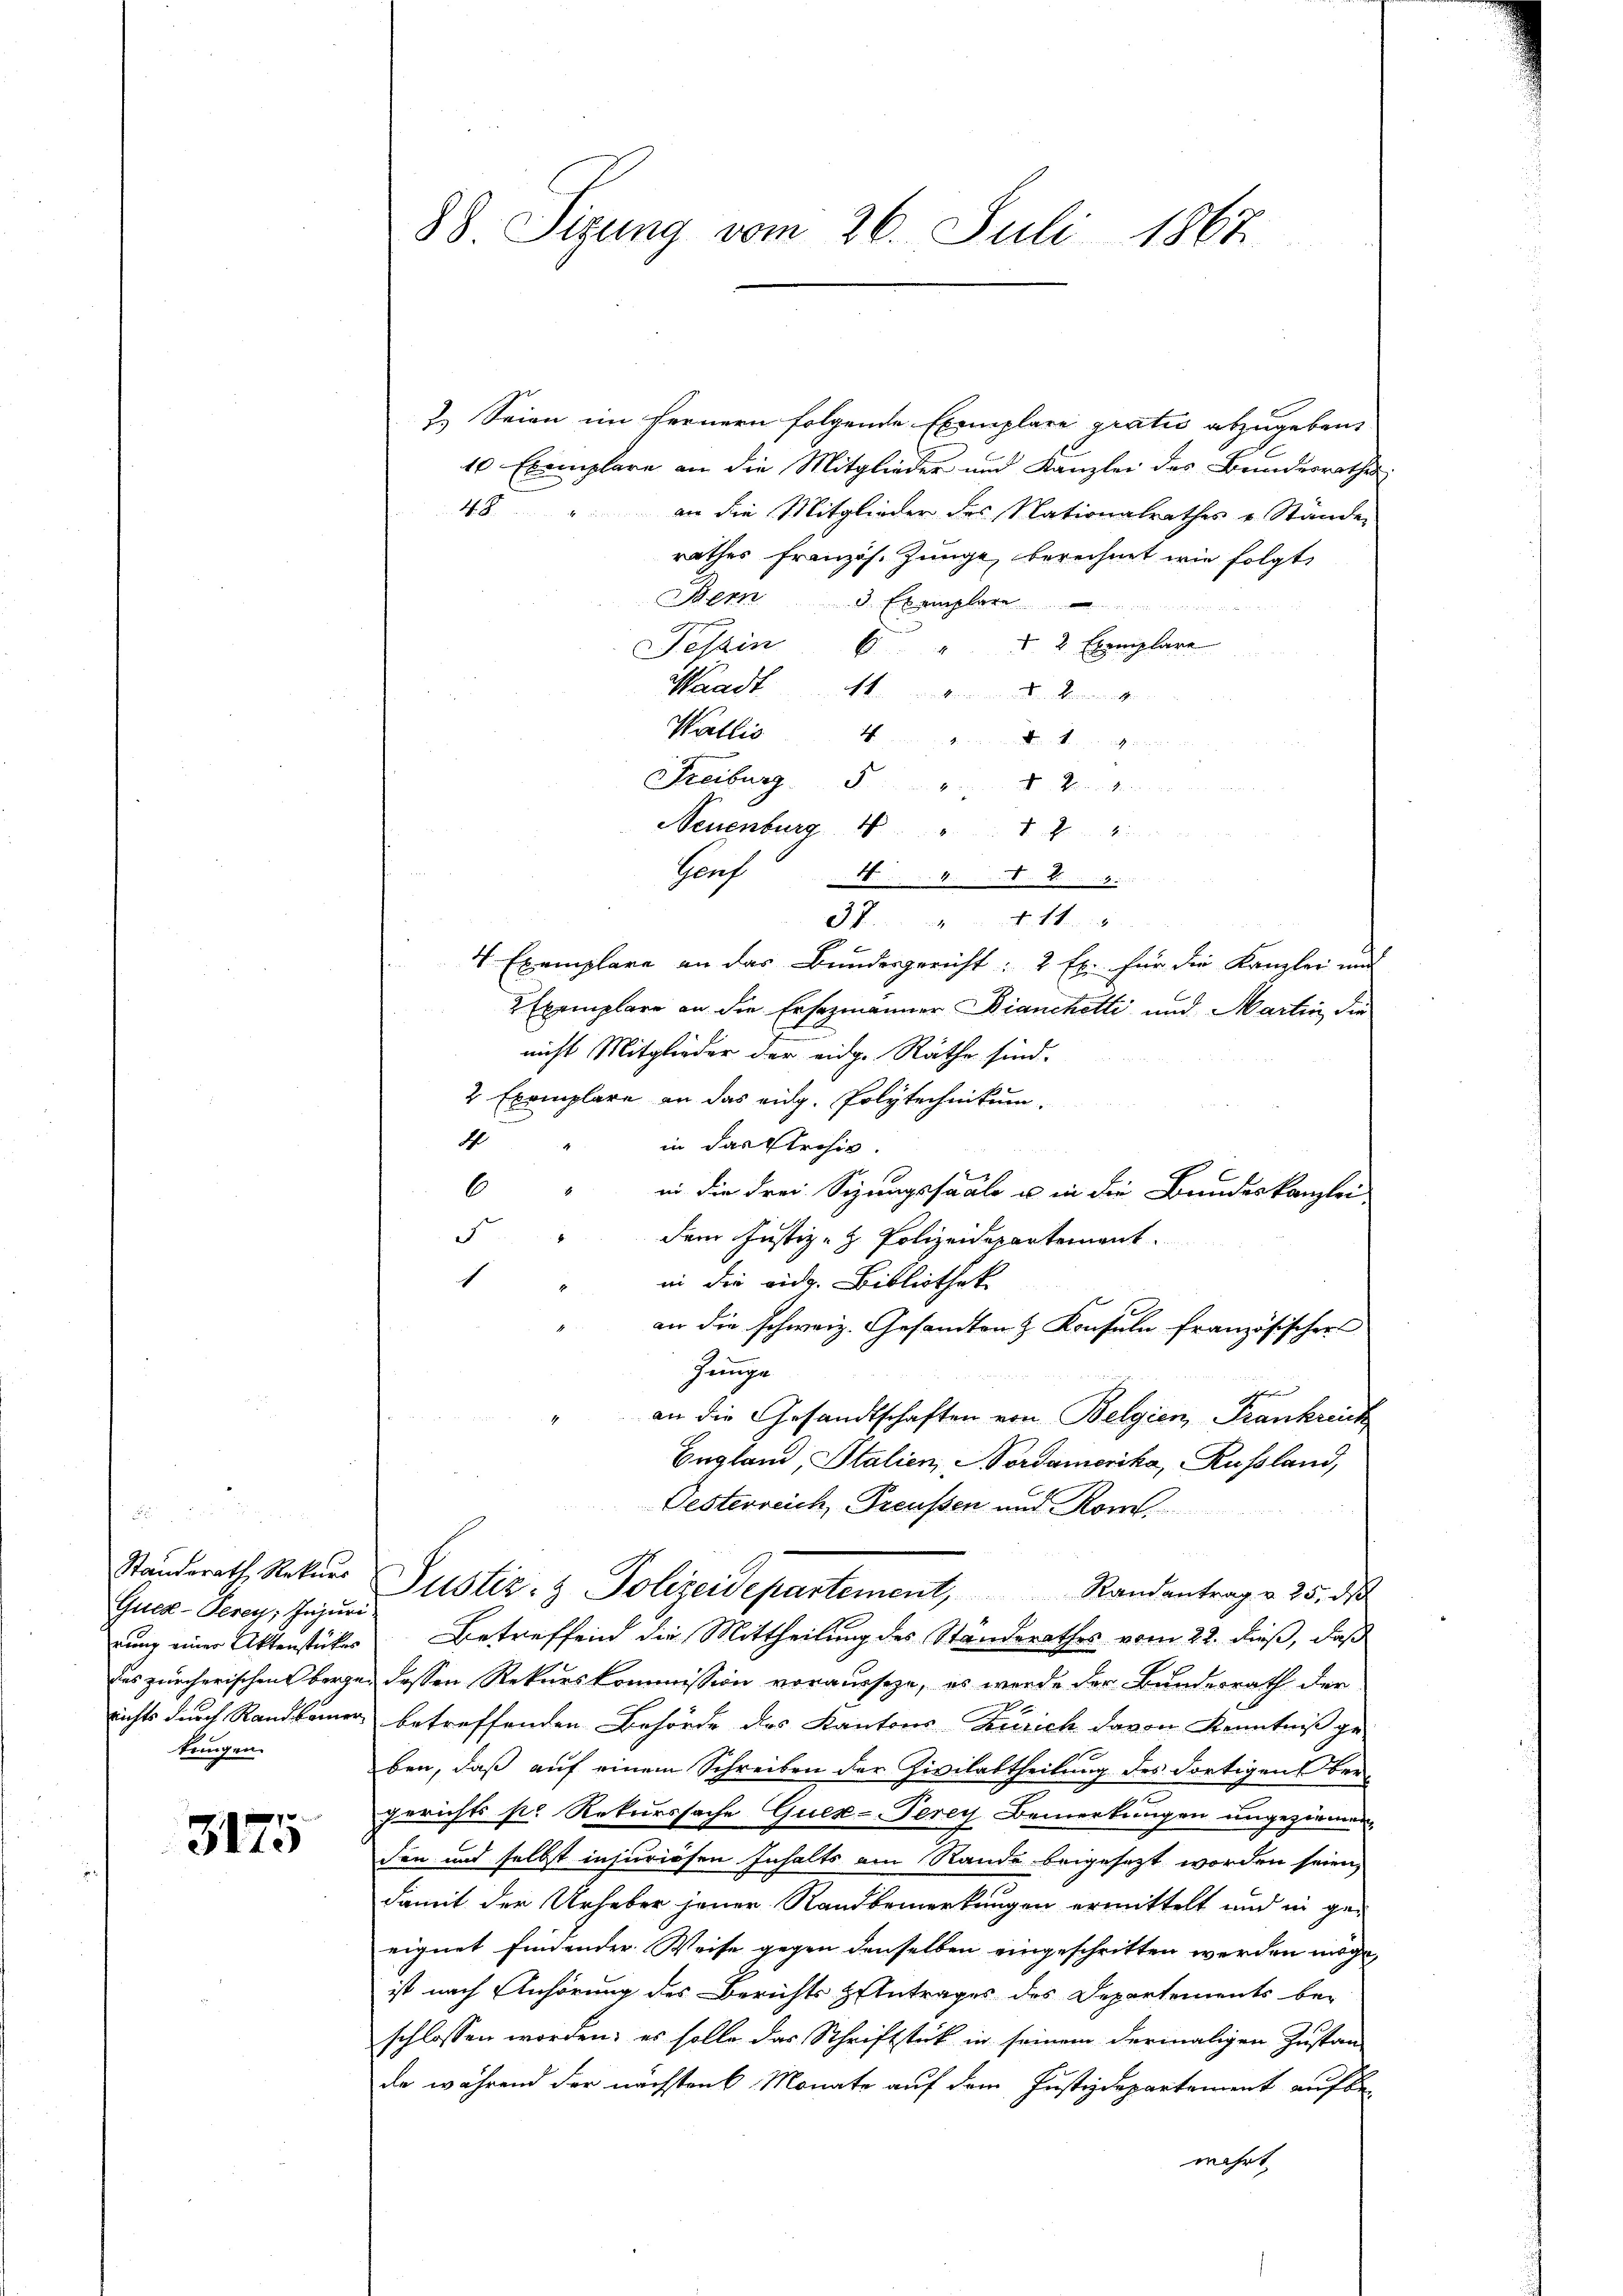
Gues-Verey Injuri
rung einer Aktenstückes
tungen.

e
3173

88. Sitzung vom 26. Juli 1867

2.) Seien im fernern folgende Exemplare gratio abzugeben,
10 Exemplare an die Mitglieder und Kanzlei des Bundesrathes:
48 " an die Mitglieder des Nationalrathes u. Ständen
rathes französ. Junge, berechnet wie folgt,
Mern 3 Exemplar
Tessin 6 " " 2 Exemplare
Waadt
Pallis
Freiburg.  ..  ..
Neuenburg N
Genf 48
1
4 Exemplare an das Bundesgericht: 2 Ex. für die Kanzlei und
2 Exemplare an die Ersezmänner Dianchetti und Martin, die
nicht Mitglieder der eidg. Räthe sind.
2 Exemplare an das eidg. Polytechnikum.
4
in das Archiv
6
in die drei Sizungssaale u in die Bundeskanzlei-
d
dem Justiz- & Polizeidepartement.
1
in die eidg. Bibliothek
an die schweiz. Gesandten & Konsuln französischer
Junge
u
an die Gesandtschaften von Belgien, Frankreich
England, Stalien, Nordamerika, Russland,
Oesterreich, Preußen und Rom.
Standsrath Rekurs Justiz- & Polizeidepartement, Randantrag u. 25. ds.
Betreffend die Mittheilung des Standerathes vom 22. dieß, daß
das zürcherischens bergen dessen Rekurskommission vorausseze, es werde der Bundesrath der
richts durch Randbauer betreffenden Behörde des Kantons Zürich davon Kenntniß ge-
ben, daß auf einem Schreiben der Zivilabtheilung des dortigen bergerichts s. Rekurssache Quex-Terey Bemerkungen ungeziemen
den und selbst injuriesen Inhalts am Rande beigesezt worden seien,
damit der Urheber jener Sandbemerkungen ermittelt und in geeignet findender Weise gegen denselben eingeschritten werden möge,
ist nach Anhörung des Berichts Antrages des Departements be-
schlossen worden; es solle das Schriftstück in seinem dermaligen Zustan
de während der nächsten 6 Monate auf dem Justizdepartement auf bewahrt.